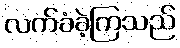
လက်ခံခဲ့ကြသည်